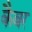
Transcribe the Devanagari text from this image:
कैबर